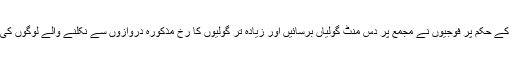
جنرل ڈائر کے حکم پر فوجیوں نے مجمع پر دس منٹ گولیاں برسائیں اور زیادہ تر گولیوں کا رُخ مذکورہ دروازوں سے نکلنے والے لوگوں کی جانب تھا۔